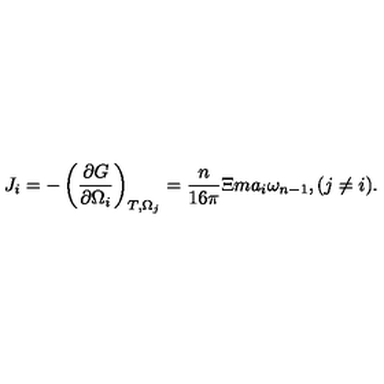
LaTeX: J _ { i } = - \left( \frac { \partial G } { \partial \Omega _ { i } } \right) _ { T , \Omega _ { j } } = \frac n { 1 6 \pi } \Xi m a _ { i } \omega _ { n - 1 } , ( j \neq i ) .